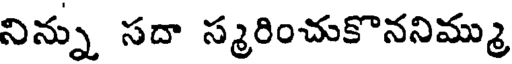
నిన్ను సదా స్మరించుకొననిమ్ము